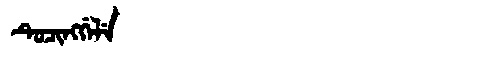
Manchu: ᡨᡠᠴᡳᠩᡤᡝᠯᡝ
Romanization: TUCINGGELE